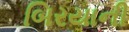
બિરયાની